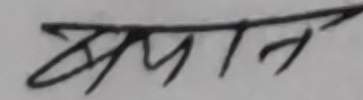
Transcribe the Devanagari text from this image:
प्रमण